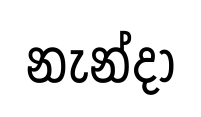
නැන්දා